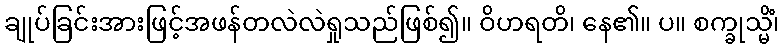
ချုပ်ခြင်းအားဖြင့်အဖန်တလဲလဲရှုသည်ဖြစ်၍။ ဝိဟရတိ၊ နေ၏။ ပ။ စက္ခုသ္မိံ၊